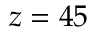
z = 4 5